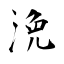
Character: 浼